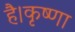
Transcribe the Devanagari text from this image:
है।कृष्णा